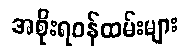
အစိုးရဝန်ထမ်းများ